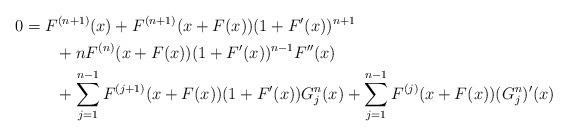
LaTeX: \begin{align*}0 &=F^{(n+1)}(x)+F^{(n+1)}(x+F(x))(1+F^{\prime}(x))^{n+1}\\&\qquad+nF^{(n)}(x+F(x))(1+F^{\prime }(x))^{n-1}F^{\prime \prime }(x) \\&\qquad+\sum_{j=1}^{n-1}F^{(j+1)}(x+F(x))(1+F^{\prime}(x))G_{j}^{n}(x)+\sum_{j=1}^{n-1}F^{(j)}(x+F(x))(G_{j}^{n})^{\prime }(x)\end{align*}